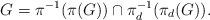
LaTeX: \begin{align*}G=\pi^{-1}(\pi(G)) \cap \pi_d^{-1}(\pi_d(G)).\end{align*}